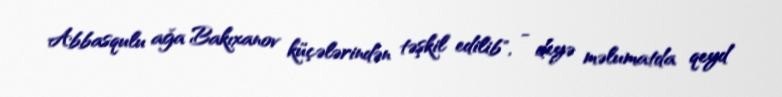
Abbasqulu ağa Bakıxanov küçələrindən təşkil edilib", - deyə məlumatda qeyd